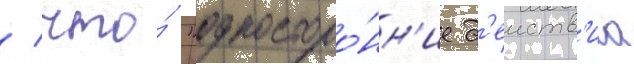
/ что́ "односторо́нн'ие д'еиств'иа